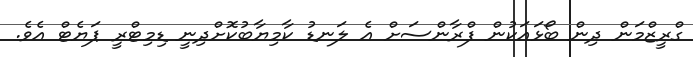
ގްރީޒްމަން ދިން ބޯޅައަކުން ފްރާންސަށް އެ ލަނޑު ކާމިޔާބުކޮށްދިނީ ޑިމިޓްރީ ޕަޔެޓް އެވެ.